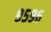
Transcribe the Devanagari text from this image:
९५९६